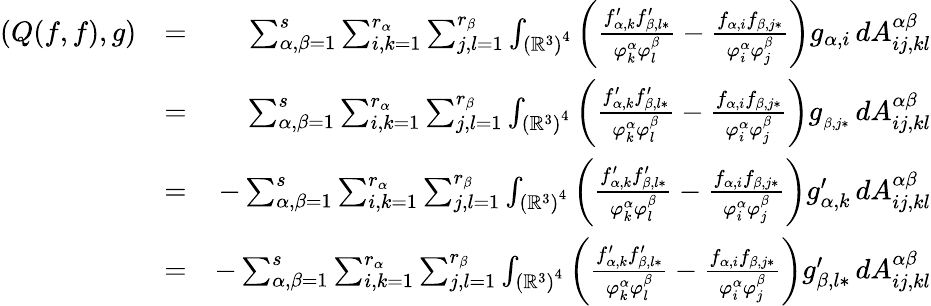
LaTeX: \begin{array}{rlr}{\left(Q(f,f),g\right)}&{=}&{\sum_{\alpha,\beta=1}^{s}\sum_{i,k=1}^{r_{\alpha}}\sum_{j,l=1}^{r_{\beta}}\int_{\left(\mathbb{R}^{3}\right)^{4}}\left(\frac{f_{\alpha,k}^{\prime}f_{\beta,l\ast}^{\prime}}{\varphi_{k}^{\alpha}\varphi_{l}^{\beta}}-\frac{f_{\alpha,i}f_{\beta,j\ast}}{\varphi_{i}^{\alpha}\varphi_{j}^{\beta}}\right)g_{\alpha,i}\, dA_{ij,kl}^{\alpha\beta}}\\ &{=}&{\sum_{\alpha,\beta=1}^{s}\sum_{i,k=1}^{r_{\alpha}}\sum_{j,l=1}^{r_{\beta}}\int_{\left(\mathbb{R}^{3}\right)^{4}}\left(\frac{f_{\alpha,k}^{\prime}f_{\beta,l\ast}^{\prime}}{\varphi_{k}^{\alpha}\varphi_{l}^{\beta}}-\frac{f_{\alpha,i}f_{\beta,j\ast}}{\varphi_{i}^{\alpha}\varphi_{j}^{\beta}}\right)g_{_{\beta,j\ast}}\, dA_{ij,kl}^{\alpha\beta}}\\ &{=}&{-\sum_{\alpha,\beta=1}^{s}\sum_{i,k=1}^{r_{\alpha}}\sum_{j,l=1}^{r_{\beta}}\int_{\left(\mathbb{R}^{3}\right)^{4}}\left(\frac{f_{\alpha,k}^{\prime}f_{\beta,l\ast}^{\prime}}{\varphi_{k}^{\alpha}\varphi_{l}^{\beta}}-\frac{f_{\alpha,i}f_{\beta,j\ast}}{\varphi_{i}^{\alpha}\varphi_{j}^{\beta}}\right)g_{\alpha,k}^{\prime}\, dA_{ij,kl}^{\alpha\beta}}\\ &{=}&{-\sum_{\alpha,\beta=1}^{s}\sum_{i,k=1}^{r_{\alpha}}\sum_{j,l=1}^{r_{\beta}}\int_{\left(\mathbb{R}^{3}\right)^{4}}\left(\frac{f_{\alpha,k}^{\prime}f_{\beta,l\ast}^{\prime}}{\varphi_{k}^{\alpha}\varphi_{l}^{\beta}}-\frac{f_{\alpha,i}f_{\beta,j\ast}}{\varphi_{i}^{\alpha}\varphi_{j}^{\beta}}\right)g_{\beta,l\ast}^{\prime}\, dA_{ij,kl}^{\alpha\beta}}\end{array}